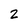
Character: 2